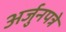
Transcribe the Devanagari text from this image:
अर्जुनपत्रे